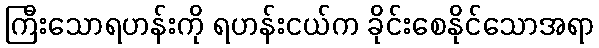
ကြီးသောရဟန်းကို ရဟန်းငယ်က ခိုင်းစေနိုင်သောအရာ